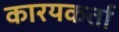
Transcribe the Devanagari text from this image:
कारयकर्ता